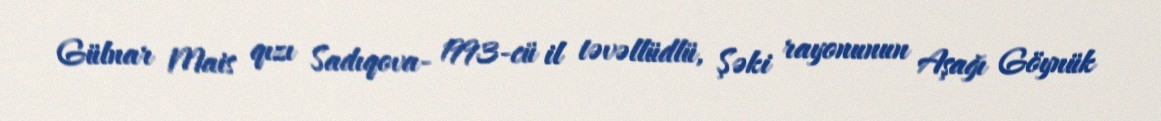
Gülnar Mais qızı Sadıqova- 1993-cü il təvəllüdlü, Şəki rayonunun Aşağı Göynük